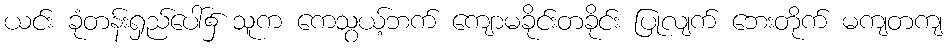
ယင်း ခုံတန်းရှည်ပေါ်၌ သူက ကေသွယ့်ဘက် ကျောမခိုင်းတခိုင်း ပြုလျက် ဘေးတိုက် မကျတကျ